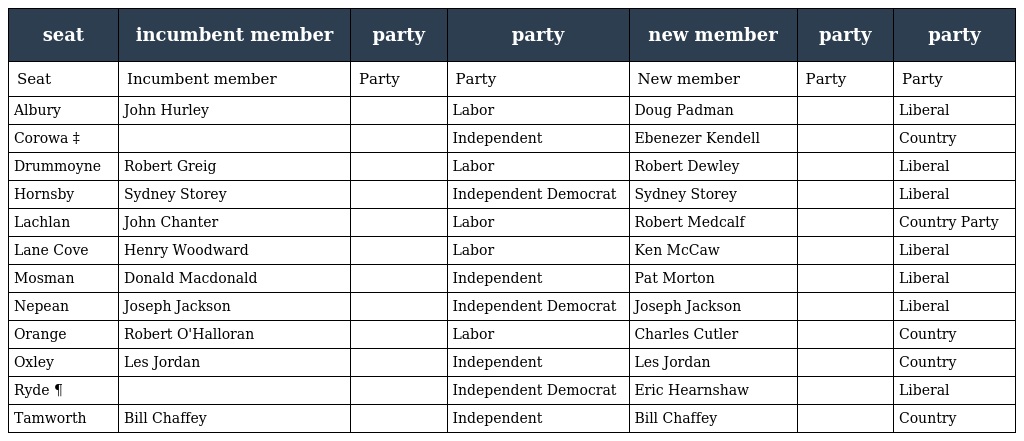
| seat | incumbent member | party | party | new member | party | party |
 | --- | --- | --- | --- | --- | --- | --- |
 | Seat | Incumbent member | Party | Party | New member | Party | Party |
 | Albury | John Hurley |  | Labor | Doug Padman |  | Liberal |
 | Corowa ‡ |  |  | Independent | Ebenezer Kendell |  | Country |
 | Drummoyne | Robert Greig |  | Labor | Robert Dewley |  | Liberal |
 | Hornsby | Sydney Storey |  | Independent Democrat | Sydney Storey |  | Liberal |
 | Lachlan | John Chanter |  | Labor | Robert Medcalf |  | Country Party |
 | Lane Cove | Henry Woodward |  | Labor | Ken McCaw |  | Liberal |
 | Mosman | Donald Macdonald |  | Independent | Pat Morton |  | Liberal |
 | Nepean | Joseph Jackson |  | Independent Democrat | Joseph Jackson |  | Liberal |
 | Orange | Robert O'Halloran |  | Labor | Charles Cutler |  | Country |
 | Oxley | Les Jordan |  | Independent | Les Jordan |  | Country |
 | Ryde ¶ |  |  | Independent Democrat | Eric Hearnshaw |  | Liberal |
 | Tamworth | Bill Chaffey |  | Independent | Bill Chaffey |  | Country |